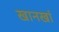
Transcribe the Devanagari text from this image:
खानखां